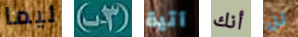
ليما (3-ب) آتية أنك لن